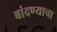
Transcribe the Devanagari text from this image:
बांदण्याचा